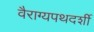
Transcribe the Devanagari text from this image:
वैराग्यपथदर्शी